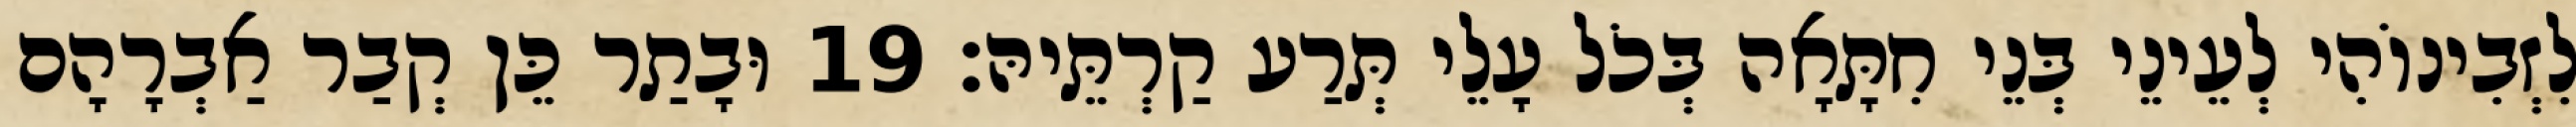
לִזְבִינוֹהִי לְעֵינֵי בְּנֵי חִתָּאָה בְּכֹל עָלֵי תְּרַע קַרְתֵּיהּ׃ 19 וּבָתַר כֵּן קְבַר אַבְרָהָם